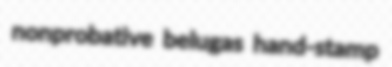
nonprobative belugas hand-stamp